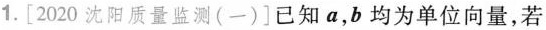
1.[2020沈阳质量监测(一)]已知a，b均为单位向量，若